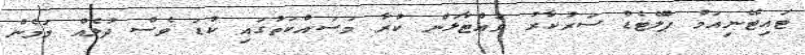
ޓައިޓޭނިއަމް ޕްލޭޓެޑް ސަރުކާރު ވައްޓާލަން ކުރާ މަސައްކަތުގައި ކުޑަ ވެސް ދުލެއް މަމެން